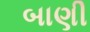
બાણી